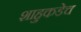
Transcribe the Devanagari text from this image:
शाहुकडेच